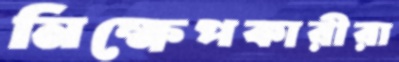
নিক্ষেপকারীরা